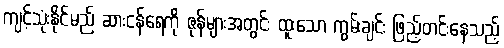
ကျင့်သုံးနိုင်မည် ဆားငန်ရေကို ဇုန်များအတွင်း ထူးသော ကွမ်းချင်း ဖြည့်တင်းနေသည့်